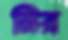
নির